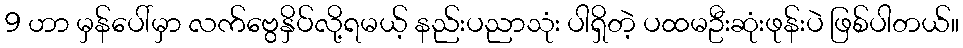
9 ဟာ မှန်ပေါ်မှာ လက်ဗွေနှိပ်လို့ရမယ့် နည်းပညာသုံး ပါရှိတဲ့ ပထမဦးဆုံးဖုန်းပဲ ဖြစ်ပါတယ်။